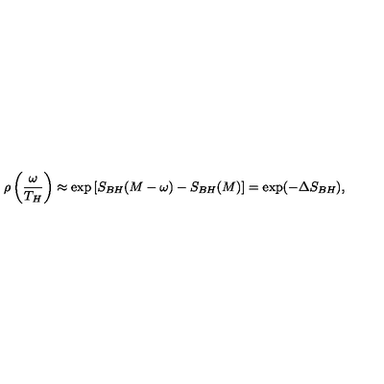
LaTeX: \rho \left( \frac { \omega } { T _ { H } } \right) \approx \exp \left[ S _ { B H } ( M - \omega ) - S _ { B H } ( M ) \right] = \exp ( - \Delta S _ { B H } ) ,